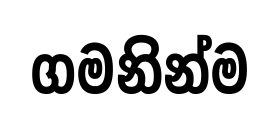
ගමනින්ම